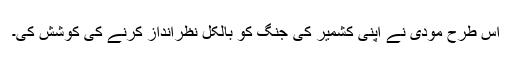
اس طرح مودی نے اپنی کشمیر کی جنگ کو بالکل نظرانداز کرنے کی کوشش کی۔